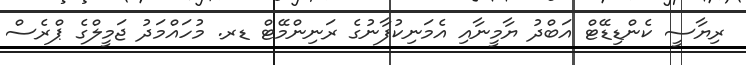
ރިޔާސީ ކެންޑިޑޭޓް އަބްދު ޔާމީނާއި އެމަނިކުފާނުގެ ރަނިންމޭޓް ޑރ. މުހައްމަދު ޖަމީލްގެ ޕްރެސް